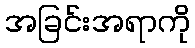
အခြင်းအရာကို